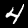
Digit: 4